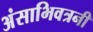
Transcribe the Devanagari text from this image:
अंसाभिवत्रनी